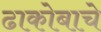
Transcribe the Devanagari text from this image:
ढाकोबाचे